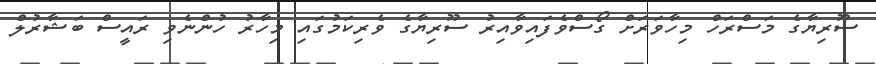
ސޫރިޔާގެ މަސްރަހް މިހާވަރަށް ގޯސްވެފައިވާއިރު ސޫރިޔާގެ ވެރިކަމުގައި މިހާރު ހުންނެވި ރައީސް ބަޝާރުލް